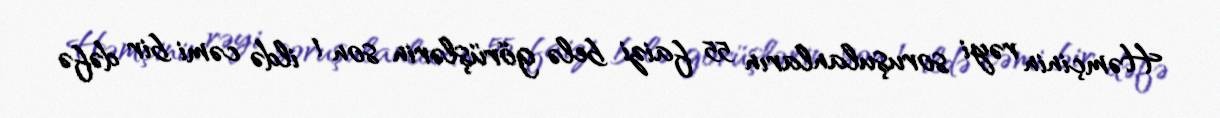
Həmçinin rəyi soruşulanların 55 faizi belə görüşlərin son 1 ildə cəmi bir dəfə